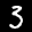
Label: 3